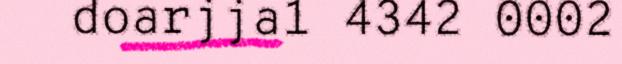
doarjja1 4342 0002